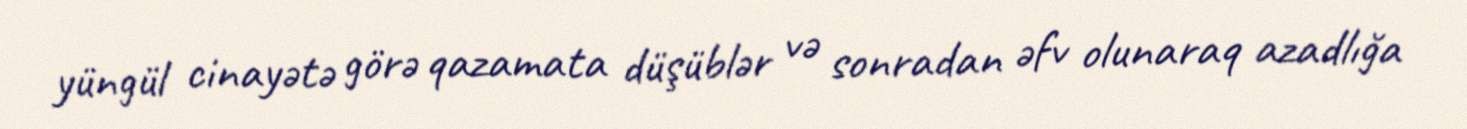
yüngül cinayətə görə qazamata düşüblər və sonradan əfv olunaraq azadlığa